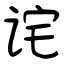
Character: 诧